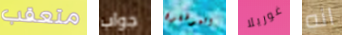
متعقب جواب الموظفون غوريلا انه